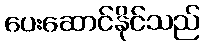
ပေးဆောင်နိုင်သည်